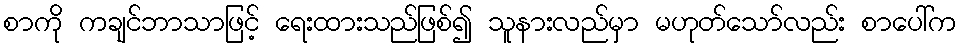
စာကို ကချင်ဘာသာဖြင့် ရေးထားသည်ဖြစ်၍ သူနားလည်မှာ မဟုတ်သော်လည်း စာပေါ်က